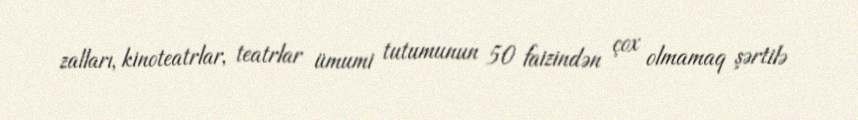
zalları, kinoteatrlar, teatrlar ümumi tutumunun 50 faizindən çox olmamaq şərtilə